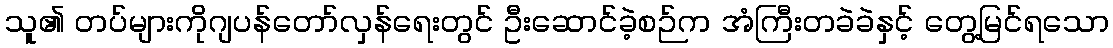
သူ၏ တပ်များကိုဂျပန်တော်လှန်ရေးတွင် ဦးဆောင်ခဲ့စဉ်က အံကြီးတခဲခဲနှင့် တွေ့မြင်ရသော